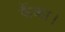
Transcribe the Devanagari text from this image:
फैंका।